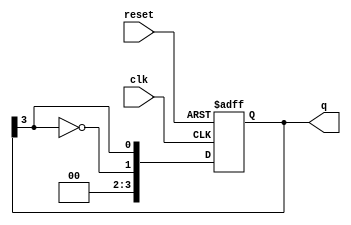
module johnson_counter #(
    parameter N = 4  // Number of flip-flops
)(
    input wire clk,         // Clock input
    input wire reset,       // Asynchronous reset
    output reg [N-1:0] q    // Counter output
);

    // Always block for the Johnson counter
    always @(posedge clk or posedge reset) begin
        if (reset) begin
            q <= 0;  // Reset all flip-flops to 0
        end else begin
            // Shift the values and feedback the inverted last output
            q <= {~q[N-1], q[N-1:N-1]}; // Shift and feedback
        end
    end

endmodule